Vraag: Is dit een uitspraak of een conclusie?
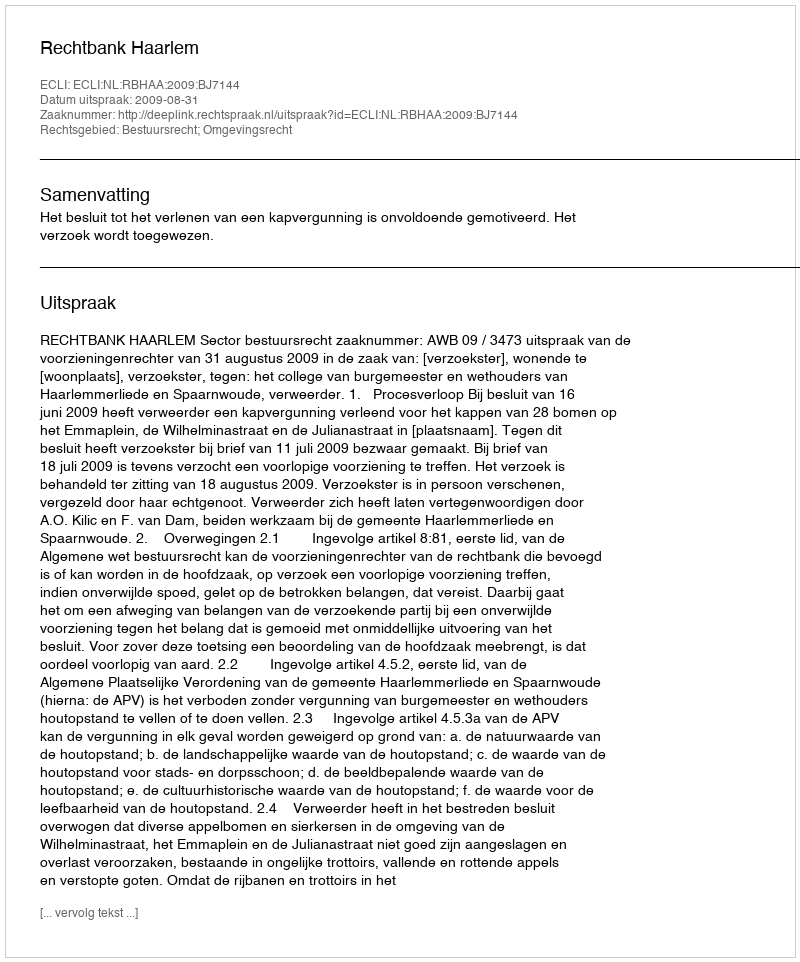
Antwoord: Uitspraak